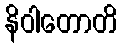
နိဝါတောတိ